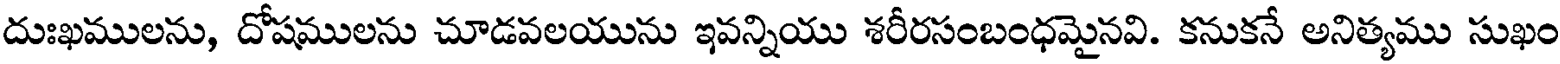
దుఃఖములను, దోషములను చూడవలయును ఇవన్నియు శరీరసంబంధమైనవి. కనుకనే అనిత్యము సుఖం